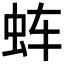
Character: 𰲬